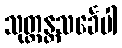
သုတ္တန္တသင်္ခေပါ